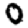
Digit: 0